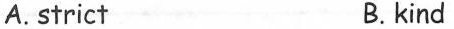
A.strict B.kind